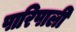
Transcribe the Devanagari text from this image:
पारिपाली